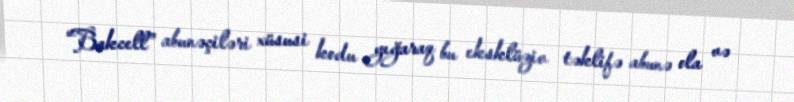
“Bakcell” abunəçiləri xüsusi kodu yığaraq bu eksklüziv təklifə abunə ola və